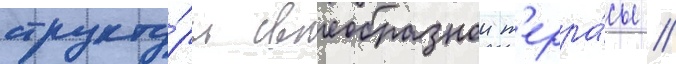
структу́ры своеобразнои т'ерра́сы /